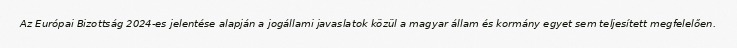
Az Európai Bizottság 2024-es jelentése alapján a jogállami javaslatok közül a magyar állam és kormány egyet sem teljesített megfelelően.